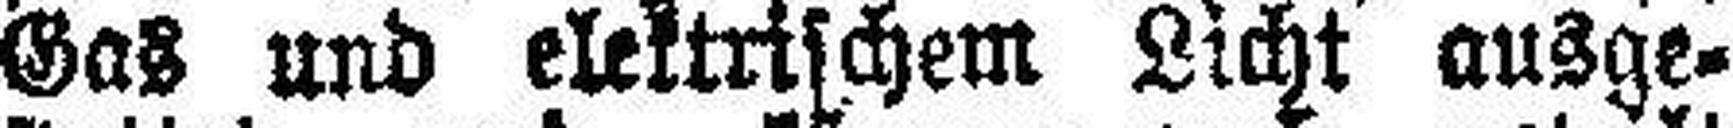
Gas und elektrischem Licht ausge¬